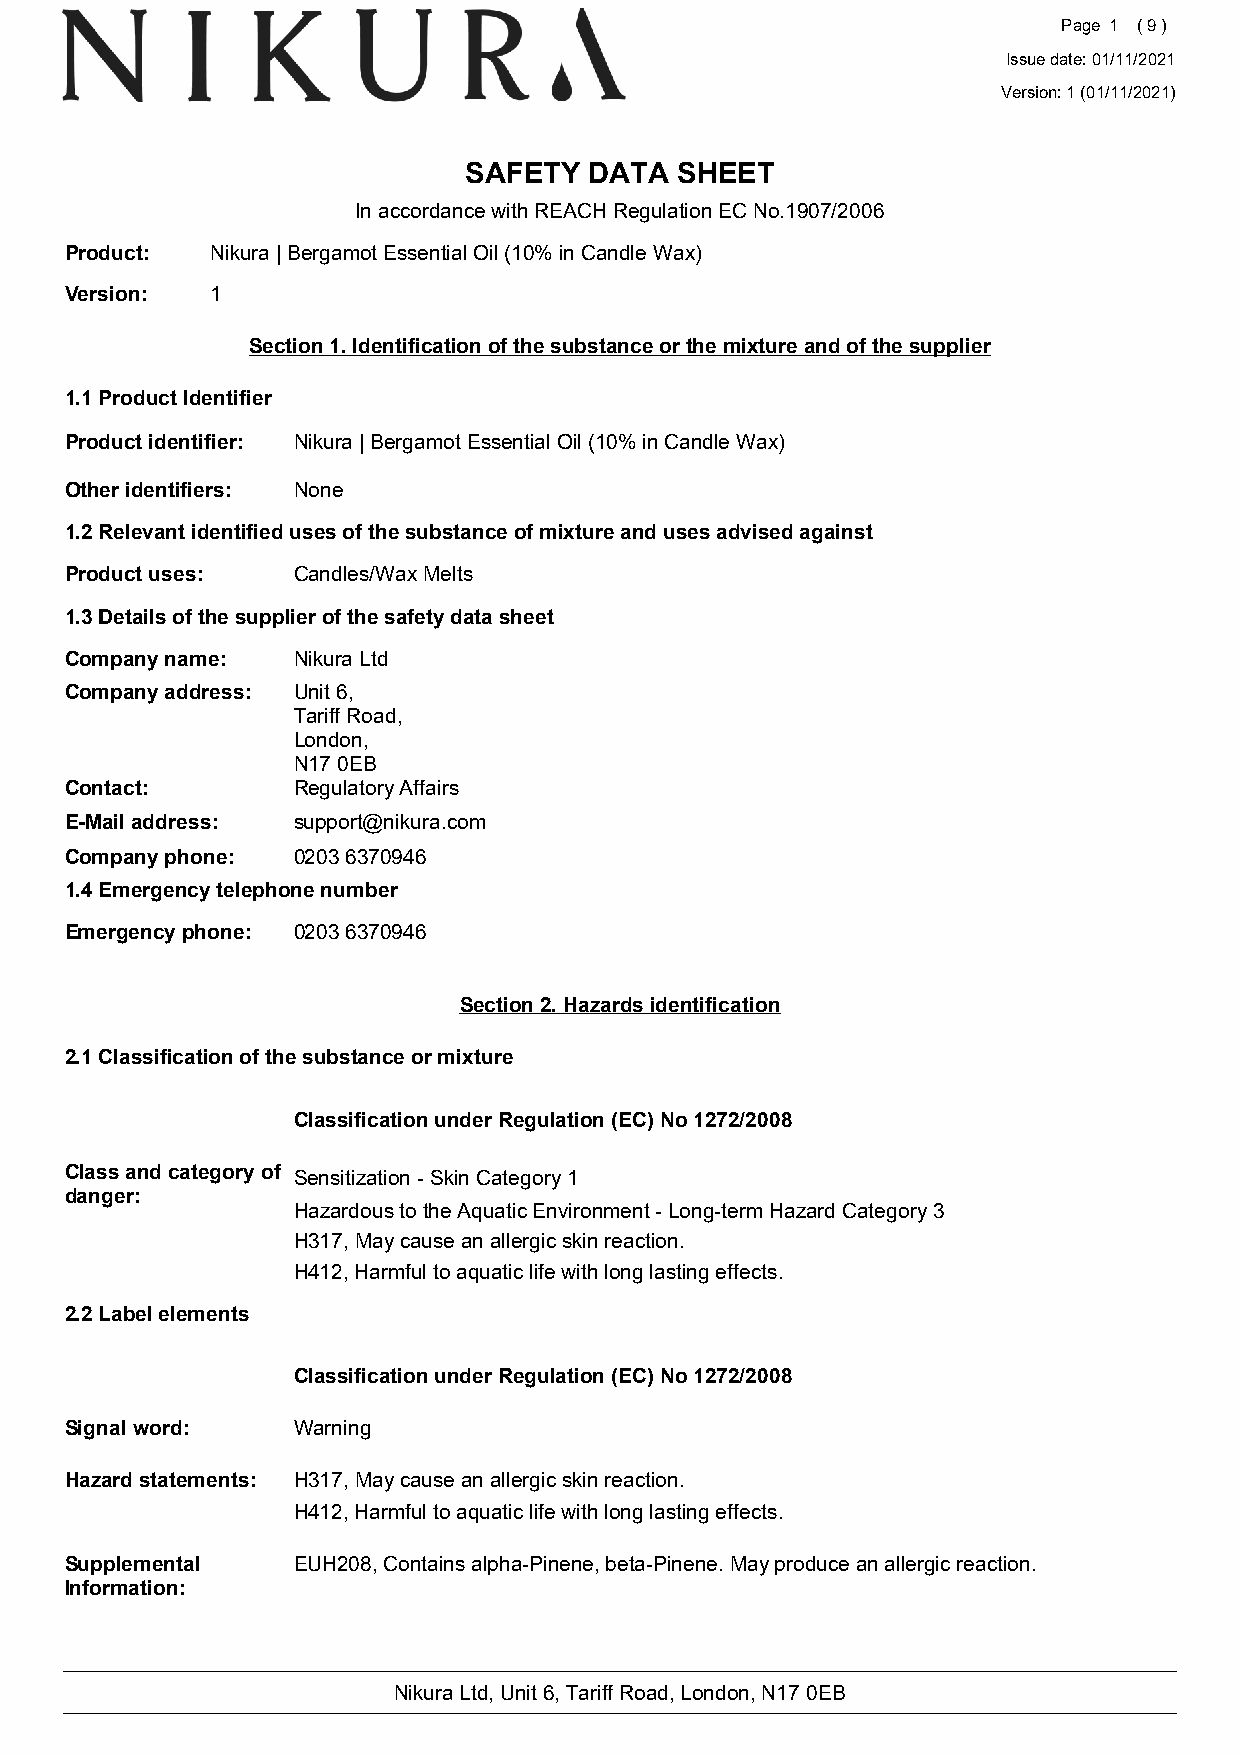
Page 1 ( 9 )
 Issue date: 01/11/2021
 Version: 1 (01/11/2021)
 SAFETY  DATA  SHEET
 In accordance with REACH Regulation EC No.1907/2006
 Product:  Nikura | Bergamot Essential Oil (10% in Candle Wax)
 Version:  1
 Section 1. Identification of the substance or the mixture and of the supplier
 1.1 Product Identifier
 Product identifier: Nikura | Bergamot Essential Oil (10% in Candle Wax)
 Other identifiers: None
 1.2 Relevant identified uses of the substance of mixture and uses advised against
 Product uses:  Candles/Wax Melts
 1.3 Details of the supplier of the safety data sheet
 Company name:  Nikura Ltd
 Company address: Unit 6,
 Tariff Road,
 London,
 N17 0EB
 Contact:       Regulatory Affairs
 E-Mail address: support@nikura.com
 Company phone: 0203 6370946
 1.4 Emergency telephone number
 Emergency phone: 0203 6370946
 Section 2. Hazards identification
 2.1 Classification of the substance or mixture
 Classification under Regulation (EC) No 1272/2008
 Class and category of Sensitization - Skin Category 1
 danger:
 Hazardous to the Aquatic Environment - Long-term Hazard Category 3
 H317, May cause an allergic skin reaction.
 H412, Harmful to aquatic life with long lasting effects.
 2.2 Label elements
 Classification under Regulation (EC) No 1272/2008
 Signal word:   Warning
 Hazard statements: H317, May cause an allergic skin reaction.
 H412, Harmful to aquatic life with long lasting effects.
 Supplemental   EUH208, Contains alpha-Pinene, beta-Pinene. May produce an allergic reaction.
 Information:
 Nikura Ltd, Unit 6, Tariff Road, London, N17 0EB